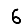
Digit: 6